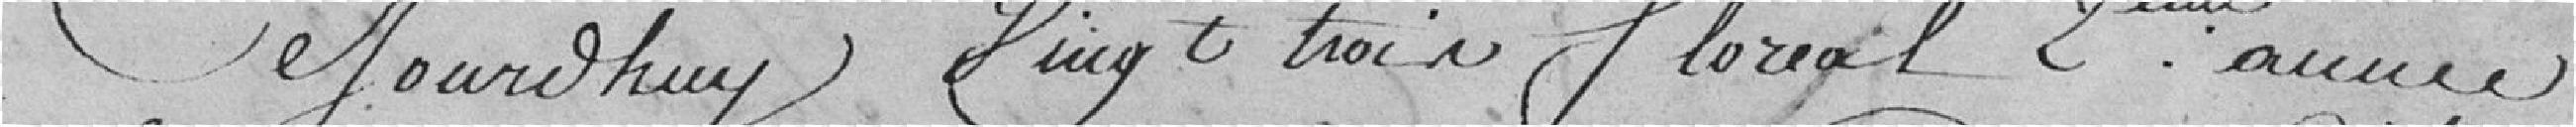
Ce jourd'hui, vingt trois floréal 2ème année